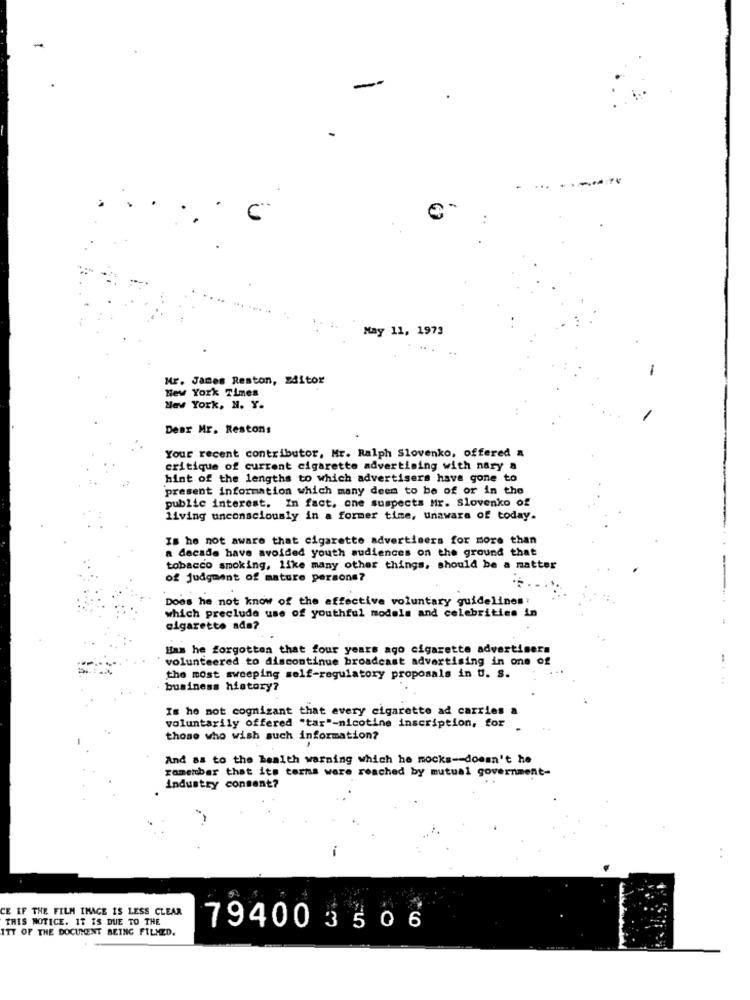
-
May 11, 1973
-
Mr. James Reston, 241tor
New York Times
New York, N. Y.
Dear Mr. Restons
Your recent contributor, Mr. Ralph Slovenko, offered a
critique of current cigarette advertising with nary a
hint of the lengths to which advertisers have gone to
present information which many deen to be of or in the
public interest. In fact, one suspects Mr. Slovenko of
living unconsciously in a former time, unaware of today.
IS he not aware that cigarette advertisers for more than
a decade have avoided youth audiences on the ground that
tobacco smoking, like many other things, should be a matter
of judgment of mature persons?
Does he not know of the effective voluntary guidelines
which preclude use of youthful models and celebrities in
cigarette ada?
Has he forgotten that four years ago cigarette advertisers
volunteered to discontinue broadcast advertising in one of
the most sweeping self-regulatory proposals in U. S.
business history?
Is he mot cognizant that every cigarette ad carries a
voluntarily offered "tar"-nicotine inscription, for
those who wish such information?
And as to the health warning which he mocks -- doesn't he
ramenbar that its terms were reached by mutual government-
industry consent?
CE IF THE FILM IMAGE IS LESS CLEAR
THIS NOTICE. IT IS DUE TO THE
ITT OF THE DOCUMENT BEING FILMED.
794003506